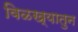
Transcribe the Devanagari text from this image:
विळख्यातुन